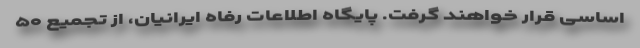
اساسی قرار خواهند گرفت. پایگاه اطلاعات رفاه ایرانیان، از تجمیع ۵۰